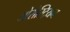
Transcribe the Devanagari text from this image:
जोरोस्ट्रियन